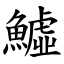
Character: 鱋